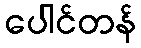
ပေါင်တန်